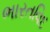
ભારતવિદ